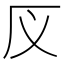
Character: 𰆕